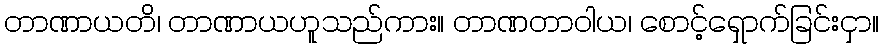
တာဏာယတိ၊ တာဏာယဟူသည်ကား။ တာဏတာဝါယ၊ စောင့်ရှောက်ခြင်းငှာ။